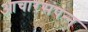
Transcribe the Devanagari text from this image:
आचारसंपन्‍न